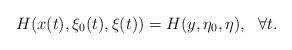
LaTeX: \begin{align*}H(x(t),\xi_0(t),\xi(t))=H(y,\eta_0,\eta),\ \ \forall t.\end{align*}